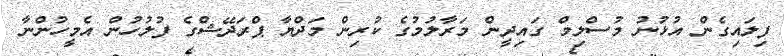
ފިލައިގެން އުޅުނު މުސްލިމް ގައިދީން މަރާލުމުގެ ކުރިން މަދްޔާ ޕްރަދޭޝްގެ ފުލުހުން އެމީހުންނާ